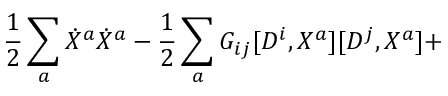
\frac { 1 } { 2 } \sum _ { a } \dot { X } ^ { a } \dot { X } ^ { a } - \frac { 1 } { 2 } \sum _ { a } G _ { i j } [ D ^ { i } , X ^ { a } ] [ D ^ { j } , X ^ { a } ] +